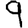
Digit: 9